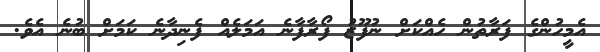
އެމީހުންގެ ފަރާތުން ހެއްކަށް ނުފޫޒު ފޯރާފާނެ އަމަލެއް ފެނިދާނެ ކަމަށް ބުނެ އެވެ.